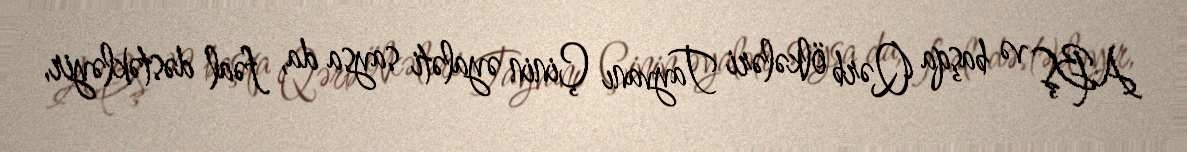
ABŞ və başqa Qərb ölkələri Tayvanı Çinin əyaləti saysa da, fəal dəstəkləyir,